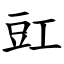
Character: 豇